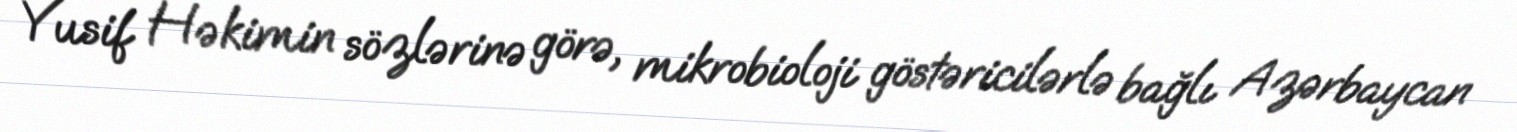
Yusif Həkimin sözlərinə görə, mikrobioloji göstəricilərlə bağlı Azərbaycan